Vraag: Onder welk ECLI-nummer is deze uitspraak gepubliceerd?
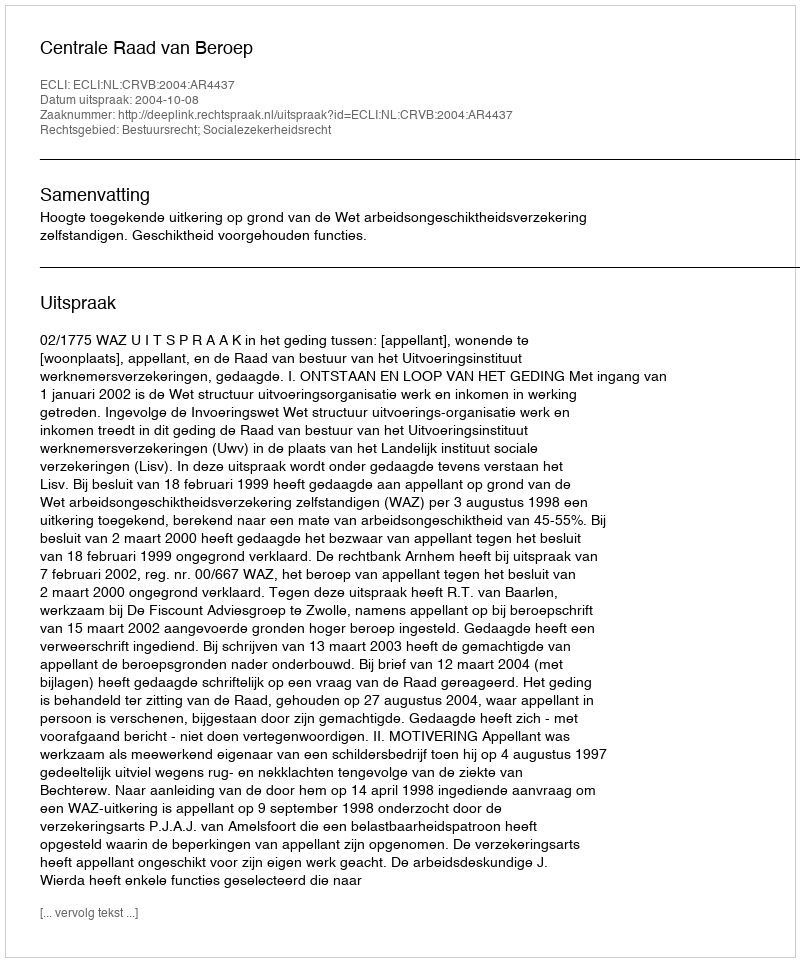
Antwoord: ECLI:NL:CRVB:2004:AR4437